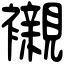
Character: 襯